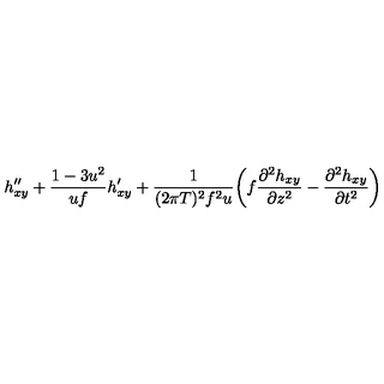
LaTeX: h _ { x y } ^ { \prime \prime } + { \frac { 1 - 3 u ^ { 2 } } { u f } } h _ { x y } ^ { \prime } + { \frac { 1 } { ( 2 \pi T ) ^ { 2 } f ^ { 2 } u } } \biggl ( f { \frac { \partial ^ { 2 } h _ { x y } } { \partial z ^ { 2 } } } - { \frac { \partial ^ { 2 } h _ { x y } } { \partial t ^ { 2 } } } \biggr )